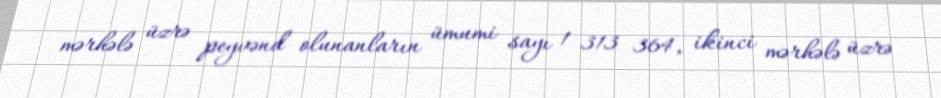
mərhələ üzrə peyvənd olunanların ümumi sayı 1 313 364, ikinci mərhələ üzrə